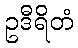
ဥဒီရိတံ